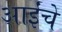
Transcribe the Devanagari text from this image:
आईंचे